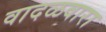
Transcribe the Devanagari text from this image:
वादळवारा